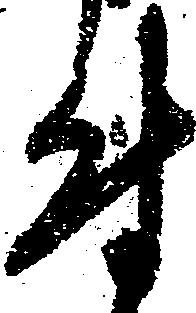
付